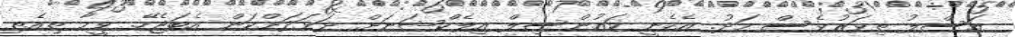
އަސްލު ތިވަރުވެސް މަދު. އެހެނީ ކައުންސިލް އިލެކްޝަނަށް ދަޅަދަށްކަން އެބަޖެހޭ. ވީމާ ތިއެތި